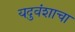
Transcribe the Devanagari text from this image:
यदुवंशाचा